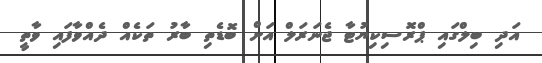
އަދި ބިލްގައި ޕްރޮސިކިޔުޓާ ޖެނަރަލް އަށް ބޮޑެތި ބާރު ތަކެއް ދެއްވާފައި ވާތީ